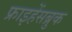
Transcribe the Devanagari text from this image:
फ्राइहेंसब्रुक